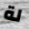
لة